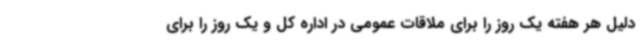
دلیل هر هفته یک روز را برای ملاقات عمومی در اداره کل و یک روز را برای